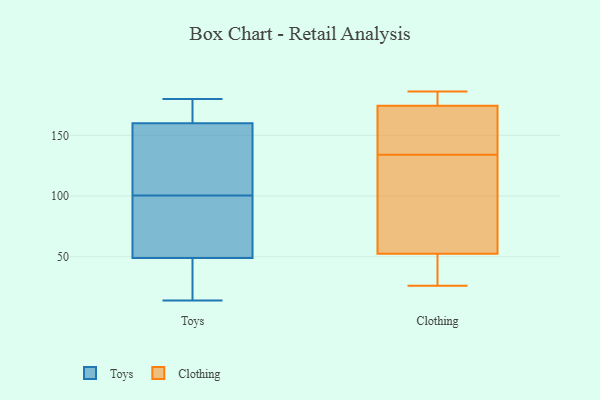
{"axis": {"x": "Energy Usage (MWh)", "y": "Value"}, "legend": ["Clothing", "Toys"], "data": [{"x": "", "y": 180, "type": "Toys"}, {"x": "", "y": 89, "type": "Toys"}, {"x": "", "y": 160, "type": "Toys"}, {"x": "", "y": 46, "type": "Toys"}, {"x": "", "y": 49, "type": "Toys"}, {"x": "", "y": 112, "type": "Toys"}, {"x": "", "y": 177, "type": "Toys"}, {"x": "", "y": 144, "type": "Toys"}, {"x": "", "y": 14, "type": "Toys"}, {"x": "", "y": 71, "type": "Toys"}, {"x": "", "y": 184, "type": "Clothing"}, {"x": "", "y": 154, "type": "Clothing"}, {"x": "", "y": 129, "type": "Clothing"}, {"x": "", "y": 186, "type": "Clothing"}, {"x": "", "y": 50, "type": "Clothing"}, {"x": "", "y": 45, "type": "Clothing"}, {"x": "", "y": 134, "type": "Clothing"}, {"x": "", "y": 60, "type": "Clothing"}, {"x": "", "y": 26, "type": "Clothing"}, {"x": "", "y": 181, "type": "Clothing"}, {"x": "", "y": 146, "type": "Clothing"}]}